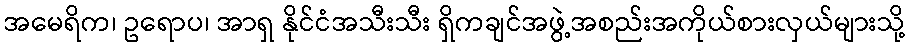
အမေရိက၊ ဥရောပ၊ အာရှ နိုင်ငံအသီးသီး ရှိကချင်အဖွဲ့အစည်းအကိုယ်စားလှယ်များသို့